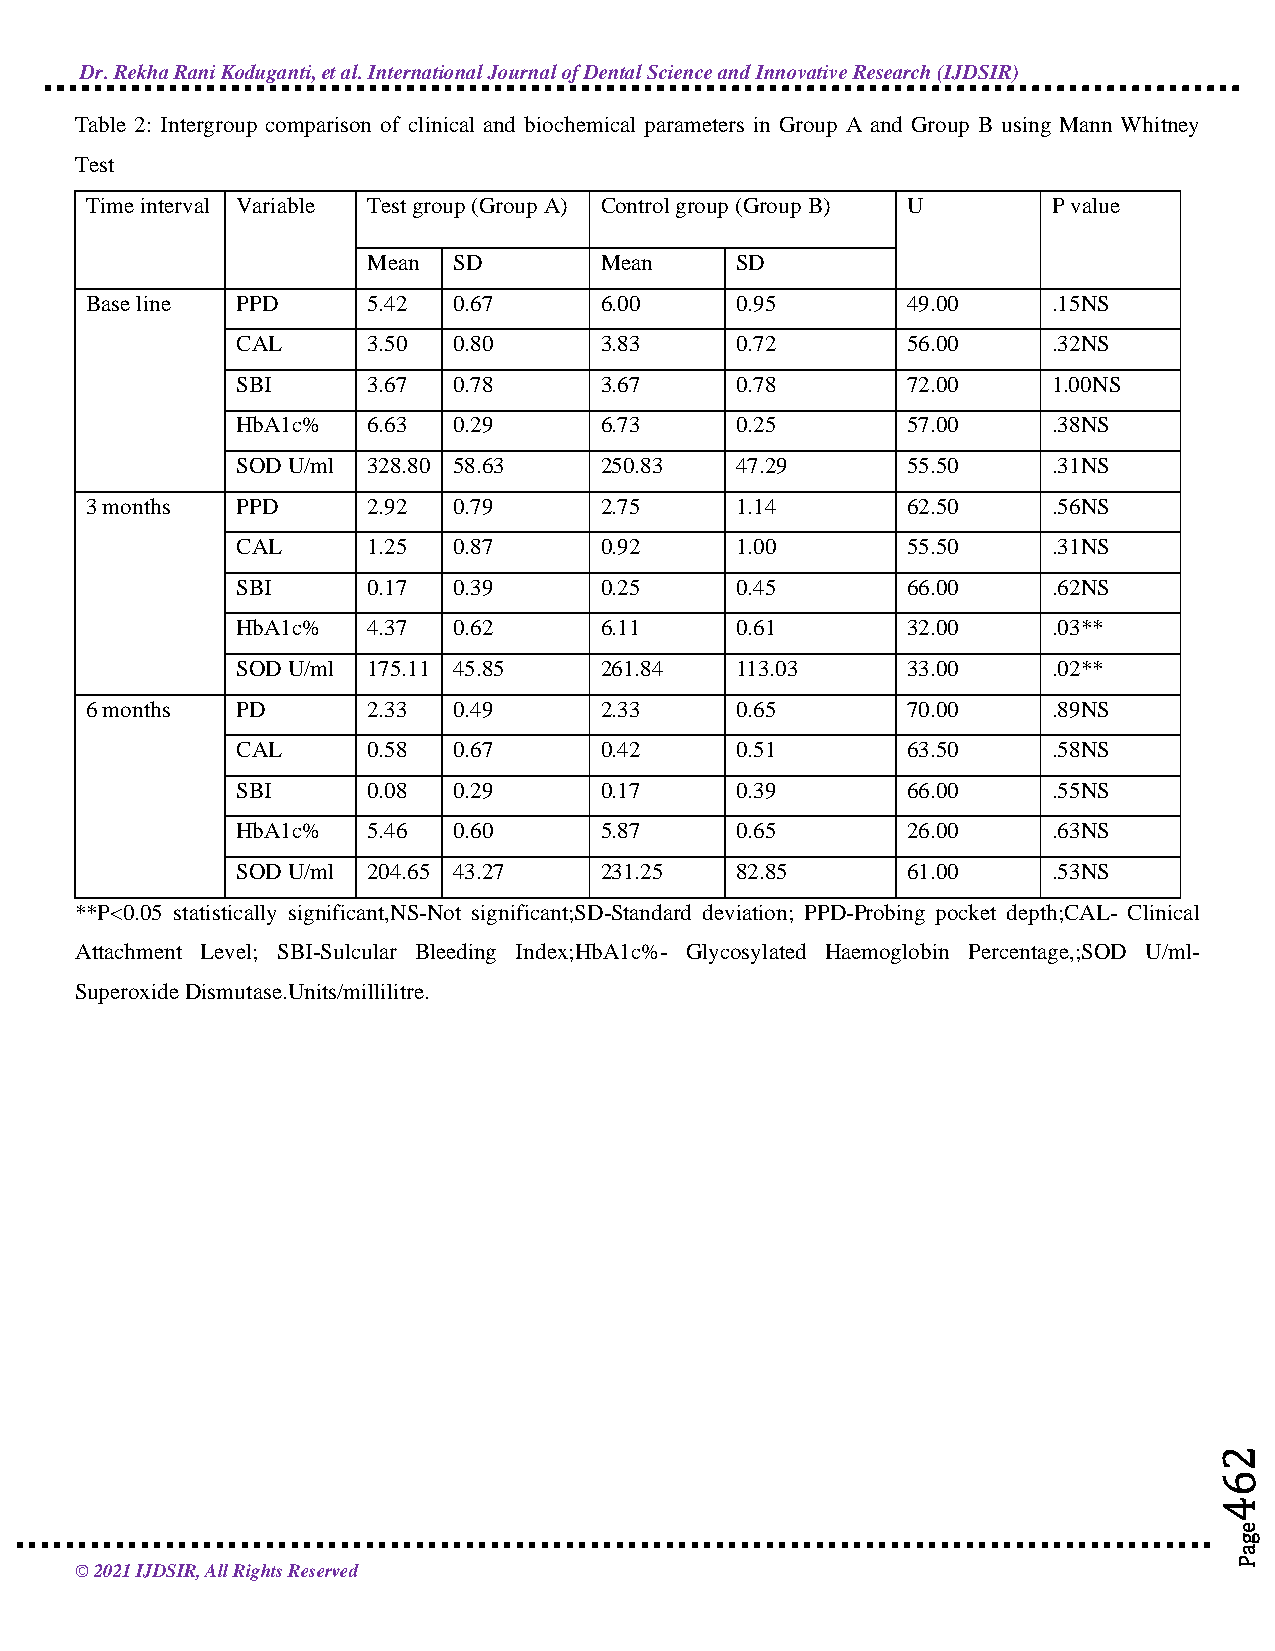
Dr. Rekha Rani Koduganti, et al. International Journal of Dental Science and Innovative Research (IJDSIR)
 Table 2: Intergroup comparison of clinical and biochemical parameters in Group A and Group B using Mann Whitney
 Test
 Time interval Variable Test group (Group A) Control group (Group B) U P value
 Mean  SD        Mean     SD
 Base line PPD     5.42  0.67      6.00     0.95       49.00     .15NS
 CAL     3.50  0.80      3.83     0.72       56.00     .32NS
 SBI     3.67  0.78      3.67     0.78       72.00     1.00NS
 HbA1c%  6.63  0.29      6.73     0.25       57.00     .38NS
 SOD U/ml 328.80 58.63   250.83   47.29      55.50     .31NS
 3 months  PPD     2.92  0.79      2.75     1.14       62.50     .56NS
 CAL     1.25  0.87      0.92     1.00       55.50     .31NS
 SBI     0.17  0.39      0.25     0.45       66.00     .62NS
 HbA1c%  4.37  0.62      6.11     0.61       32.00     .03**
 SOD U/ml 175.11 45.85   261.84   113.03     33.00     .02**
 6 months  PD      2.33  0.49      2.33     0.65       70.00     .89NS
 CAL     0.58  0.67      0.42     0.51       63.50     .58NS
 SBI     0.08  0.29      0.17     0.39       66.00     .55NS
 HbA1c%  5.46  0.60      5.87     0.65       26.00     .63NS
 SOD U/ml 204.65 43.27   231.25   82.85      61.00     .53NS
 **P<0.05 statistically significant,NS-Not significant;SD-Standard deviation; PPD-Probing pocket depth;CAL- Clinical
 Attachment Level; SBI-Sulcular Bleeding Index;HbA1c%- Glycosylated Haemoglobin Percentage,;SOD U/ml-
 Superoxide Dismutase.Units/millilitre.
 © 2021 IJDSIR, All Rights Reserved
 eeeeeeeeeeeeeeeeeeegggggggggggggggggggaaaaaaaaaaaaaaaaaaaPPPPPPPPPPPPPPPPPPP
 222222222222222222266666666666666666664444444444444444444